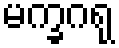
မက္ခဂရု